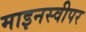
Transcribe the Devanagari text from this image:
माइनस्वीपर